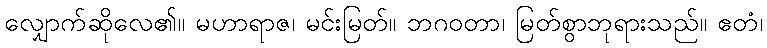
လျှောက်ဆိုလေ၏။ မဟာရာဇ၊ မင်းမြတ်။ ဘဂဝတာ၊ မြတ်စွာဘုရားသည်။ ဧတံ၊